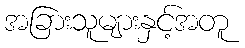
အခြားသူများနှင့်အတူ